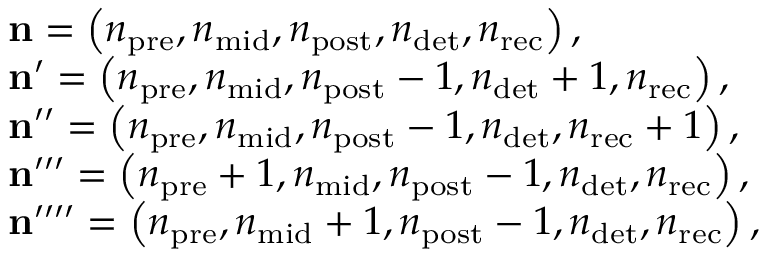
\begin{array} { r l } & { \mathbf { n } = \left( n _ { \mathrm { p r e } } , n _ { \mathrm { m i d } } , n _ { \mathrm { p o s t } } , n _ { \mathrm { d e t } } , n _ { \mathrm { r e c } } \right) , } \\ & { \mathbf { n } ^ { \prime } = \left( n _ { \mathrm { p r e } } , n _ { \mathrm { m i d } } , n _ { \mathrm { p o s t } } - 1 , n _ { \mathrm { d e t } } + 1 , n _ { \mathrm { r e c } } \right) , } \\ & { \mathbf { n } ^ { \prime \prime } = \left( n _ { \mathrm { p r e } } , n _ { \mathrm { m i d } } , n _ { \mathrm { p o s t } } - 1 , n _ { \mathrm { d e t } } , n _ { \mathrm { r e c } } + 1 \right) , } \\ & { \mathbf { n } ^ { \prime \prime \prime } = \left( n _ { \mathrm { p r e } } + 1 , n _ { \mathrm { m i d } } , n _ { \mathrm { p o s t } } - 1 , n _ { \mathrm { d e t } } , n _ { \mathrm { r e c } } \right) , } \\ & { \mathbf { n } ^ { \prime \prime \prime \prime } = \left( n _ { \mathrm { p r e } } , n _ { \mathrm { m i d } } + 1 , n _ { \mathrm { p o s t } } - 1 , n _ { \mathrm { d e t } } , n _ { \mathrm { r e c } } \right) , } \end{array}